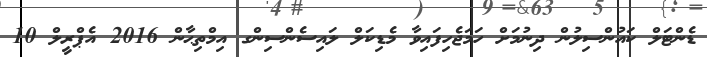
ޑެންޓަލް ކައުންސިލުން ދިނުމަށް ހަމަޖެހިފައިވާ މެޑިކަލް ލައިސެންސިންގ އިމްތިޙާން 2016 އެޕްރީލް 10